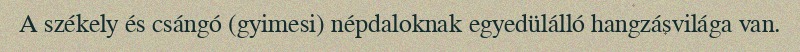
A székely és csángó (gyimesi) népdaloknak egyedülálló hangzásvilága van.